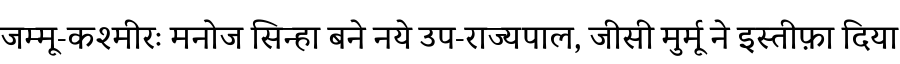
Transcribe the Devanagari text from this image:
जम्मू-कश्मीरः मनोज सिन्हा बने नये उप-राज्यपाल, जीसी मुर्मू ने इस्तीफ़ा दिया